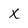
Character: x